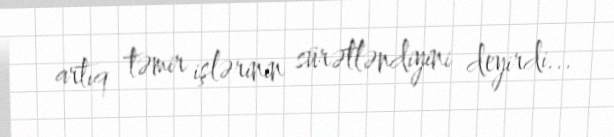
artıq təmir işlərinin sürətləndiyini deyirdi...